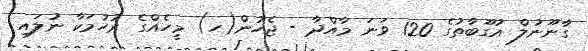
ގާނޫނުލް އުގޫބާތުގެ 120 ވަނަ މާއްދާ - ޖެހުން(ހ) މީހެއްގެ ރުހުމަކާ ނުލައި